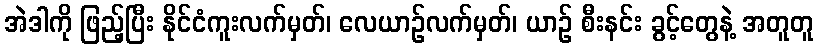
အဲဒါကို ဖြည့်ပြီး နိုင်ငံကူးလက်မှတ်၊ လေယာဉ်လက်မှတ်၊ ယာဉ် စီးနင်း ခွင့်တွေနဲ့ အတူတူ